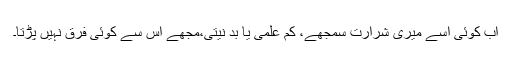
اب کوئی اسے میری شرارت سمجھے، کم علمی یا بد نیتی،مجھے اس سے کوئی فرق نہیں پڑتا۔